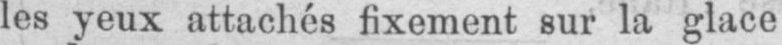
les yeux attachés fixement sur la glace